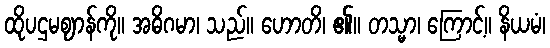
ထိုပဌမဈာန်ကို။ အဓိဂမာ၊ သည်။ ဟောတိ၊ ၏။ တသ္မာ၊ ကြောင့်။ နိယမံ၊